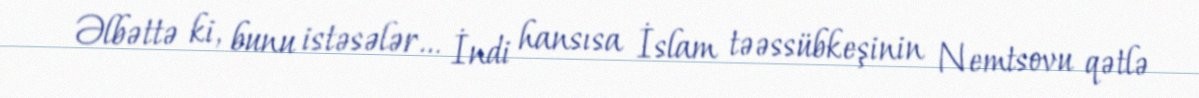
Əlbəttə ki, bunu istəsələr... İndi hansısa İslam təəssübkeşinin Nemtsovu qətlə